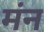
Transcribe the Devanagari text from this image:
मंन